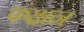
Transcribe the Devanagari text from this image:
फंक्षन